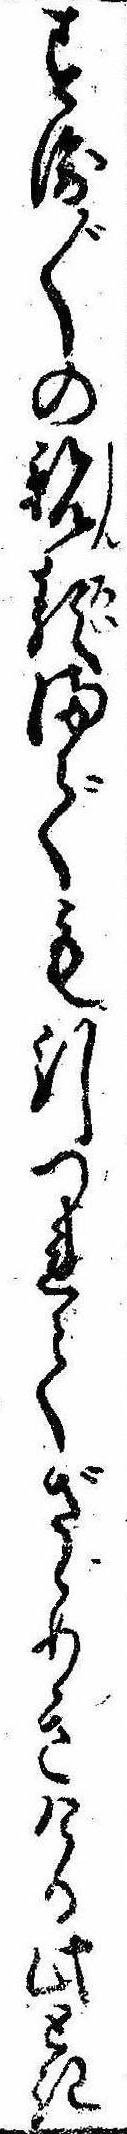
すゑ〲の親類までも引つれてざゞめきける此とき